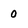
Character: 0